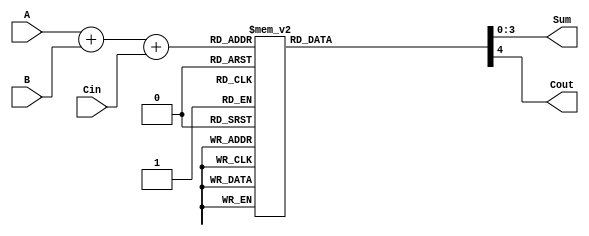
module BCD_LUT_Adder (
    input  wire [3:0] A,    // First BCD digit
    input  wire [3:0] B,    // Second BCD digit
    input  wire Cin,         // Carry-in
    output reg  [3:0] Sum,   // BCD Sum
    output reg  Cout         // Carry-out
);

    reg [4:0] S; // 5-bit to hold the sum of A, B, and Cin

    always @(*) begin
        // Step 1: Compute the binary sum
        S = A + B + Cin;

        // Step 2: Look-Up Table to determine Sum and Cout
        case (S)
            5'd0:  begin Sum = 4'd0; Cout = 1'b0; end
            5'd1:  begin Sum = 4'd1; Cout = 1'b0; end
            5'd2:  begin Sum = 4'd2; Cout = 1'b0; end
            5'd3:  begin Sum = 4'd3; Cout = 1'b0; end
            5'd4:  begin Sum = 4'd4; Cout = 1'b0; end
            5'd5:  begin Sum = 4'd5; Cout = 1'b0; end
            5'd6:  begin Sum = 4'd6; Cout = 1'b0; end
            5'd7:  begin Sum = 4'd7; Cout = 1'b0; end
            5'd8:  begin Sum = 4'd8; Cout = 1'b0; end
            5'd9:  begin Sum = 4'd9; Cout = 1'b0; end
            5'd10: begin Sum = 4'd0; Cout = 1'b1; end // 10 -> 0 with carry
            5'd11: begin Sum = 4'd1; Cout = 1'b1; end // 11 -> 1 with carry
            5'd12: begin Sum = 4'd2; Cout = 1'b1; end // 12 -> 2 with carry
            5'd13: begin Sum = 4'd3; Cout = 1'b1; end // 13 -> 3 with carry
            5'd14: begin Sum = 4'd4; Cout = 1'b1; end // 14 -> 4 with carry
            5'd15: begin Sum = 4'd5; Cout = 1'b1; end // 15 -> 5 with carry
            5'd16: begin Sum = 4'd6; Cout = 1'b1; end // 16 -> 6 with carry
            5'd17: begin Sum = 4'd7; Cout = 1'b1; end // 17 -> 7 with carry
            5'd18: begin Sum = 4'd8; Cout = 1'b1; end // 18 -> 8 with carry
            5'd19: begin Sum = 4'd9; Cout = 1'b1; end // 19 -> 9 with carry
            default: begin Sum = 4'd0; Cout = 1'b1; end // Handle any unexpected cases
        endcase
    end

endmodule